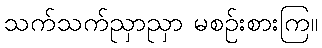
သက်သက်ညှာညှာ မစဉ်းစားကြ။